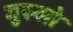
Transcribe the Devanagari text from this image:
मुस्सो